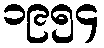
၁၉၅၄